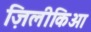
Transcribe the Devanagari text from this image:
ज़िलीकिआ